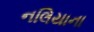
નલિયાના